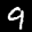
Label: 9